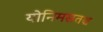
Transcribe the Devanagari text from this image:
योनिमसतश्च